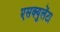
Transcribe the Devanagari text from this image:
एसक्युलेंटा